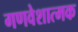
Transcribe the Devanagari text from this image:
गणवेशात्मक